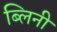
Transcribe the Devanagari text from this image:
ब्लिनी